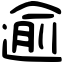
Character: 逾